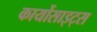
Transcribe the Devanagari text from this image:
कार्योसाइट्स